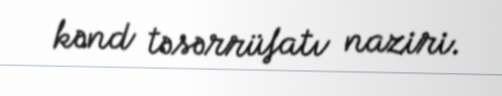
kənd təsərrüfatı naziri.